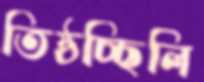
তিষ্ঠচ্ছিলি